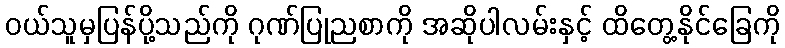
ဝယ်သူမှပြန်ပို့သည်ကို ဂုဏ်ပြုညစာကို အဆိုပါလမ်းနှင့် ထိတွေ့နိုင်ခြေကို